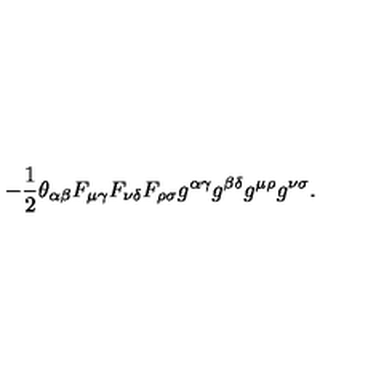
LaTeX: - \frac 1 2 \theta _ { \alpha \beta } F _ { \mu \gamma } F _ { \nu \delta } F _ { \rho \sigma } g ^ { \alpha \gamma } g ^ { \beta \delta } g ^ { \mu \rho } g ^ { \nu \sigma } .